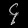
Digit: ၄